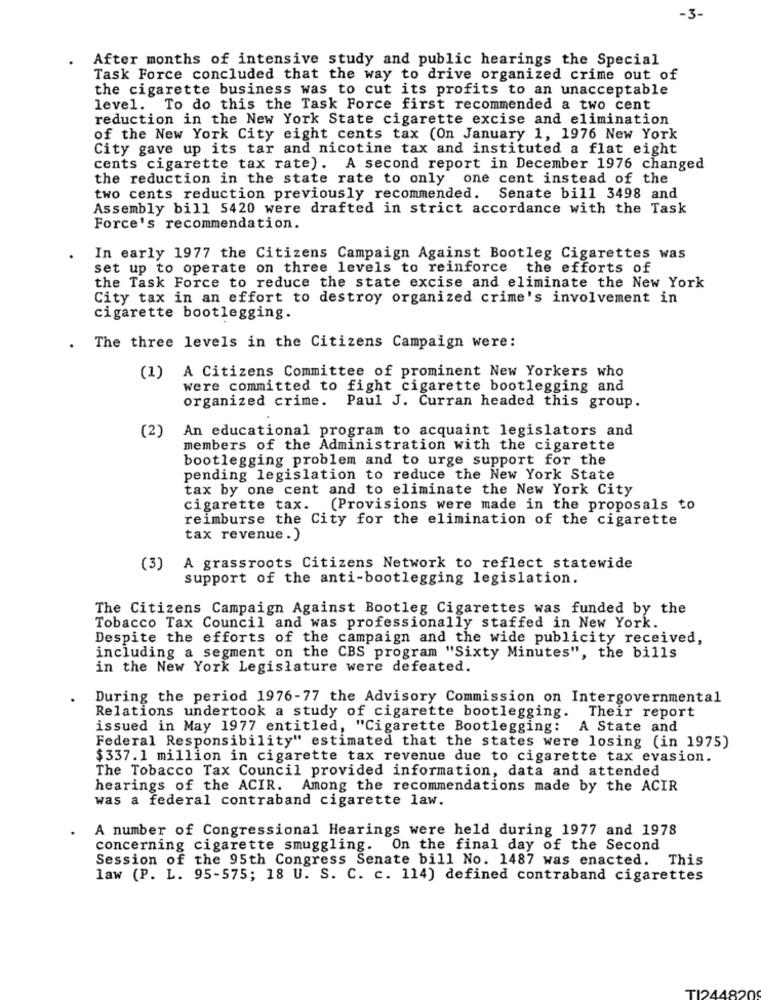
-3-
After months of intensive study and public hearings the Special
Task Force concluded that the way to drive organized crime out of
the cigarette business was to cut its profits to an unacceptable
level. To do this the Task Force first recommended a two cent
reduction in the New York State cigarette excise and elimination
of the New York City eight cents tax (On January 1, 1976 New York
City gave up its tar and nicotine tax and instituted a flat eight
cents cigarette tax rate). A second report in December 1976 changed
the reduction in the state rate to only one cent instead of the
two cents reduction previously recommended. Senate bill 3498 and
Assembly bill 5420 were drafted in strict accordance with the Task
Force's recommendation.
In early 1977 the Citizens Campaign Against Bootleg Cigarettes was
set up to operate on three levels to reinforce the efforts of
the Task Force to reduce the state excise and eliminate the New York
City tax in an effort to destroy organized crime's involvement in
cigarette bootlegging.
The three levels in the Citizens Campaign were:
(1) A Citizens Committee of prominent New Yorkers who
were committed to fight cigarette bootlegging and
organized crime. Paul J. Curran headed this group.
An educational program to acquaint legislators and
(2)
members of the Administration with the cigarette
bootlegging problem and to urge support for the
pending legislation to reduce the New York State
tax by one cent and to eliminate the New York City
cigarette tax. (Provisions were made in the proposals to
reimburse the City for the elimination of the cigarette
tax revenue.)
(3)
A grassroots Citizens Network to reflect statewide
support of the anti-bootlegging legislation.
The Citizens Campaign Against Bootleg Cigarettes was funded by the
Tobacco Tax Council and was professionally staffed in New York.
Despite the efforts of the campaign and the wide publicity received,
including a segment on the CBS program "Sixty Minutes", the bills
in the New York Legislature were defeated.
During the period 1976-77 the Advisory Commission on Intergovernmental
Relations undertook a study of cigarette bootlegging. Their report
issued in May 1977 entitled, "Cigarette Bootlegging:
A State and
Federal Responsibility" estimated that the states were losing (in 1975)
$337.1 million in cigarette tax revenue due to cigarette tax evasion.
The Tobacco Tax Council provided information, data and attended
hearings of the ACIR. Among the recommendations made by the ACIR
was a federal contraband cigarette law.
A number of Congressional Hearings were held during 1977 and 1978
concerning cigarette smuggling. On the final day of the Second
Session of the 95th Congress Senate bill No. 1487 was enacted. This
law (P. L. 95-575; 18 U. S. C. c. 114) defined contraband cigarettes
TI244820